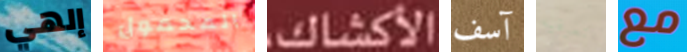
إلهي المحمول الأكشاك آسف تعرفيه مع